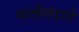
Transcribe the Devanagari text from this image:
मातीमंदाचे